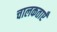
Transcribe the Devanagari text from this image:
चालकताएँ